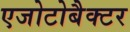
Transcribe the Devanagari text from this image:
एजोटोबैक्टर